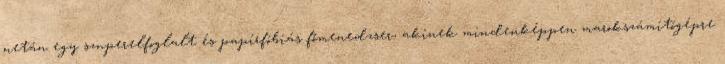
netán egy szuperelfoglalt és papírfóbiás főmenedzser, akinek mindenképpen marokszámítógépre